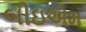
બીઇએમ